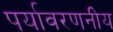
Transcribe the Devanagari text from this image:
पर्यावरणनीय